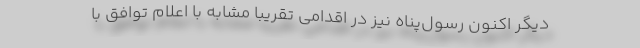
دیگر اکنون رسول‌پناه نیز در اقدامی تقریبا مشابه با اعلام توافق با